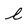
Character: l